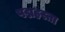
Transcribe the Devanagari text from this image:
पद्महस्ता